Annual report of the Punjab Veterinary College and of the Civil Veterinary Department, Punjab - 1926-1932
Year: 1926
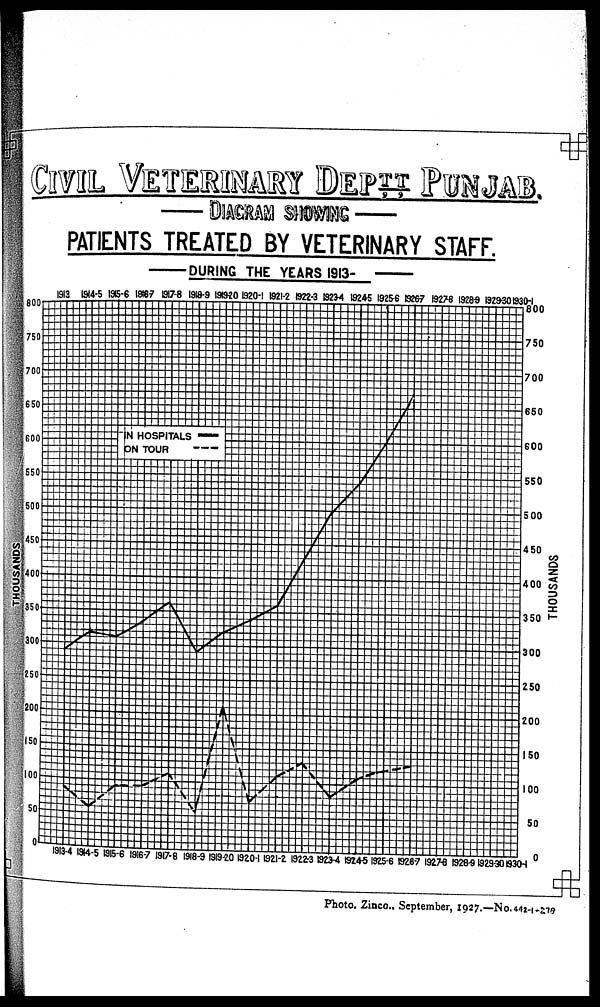
CIVIL VETERINARY DEPTT PUNJAB.
DIAGRAM SHOWING
PATIENTS TREATED BY VETERINARY STAFF.
DURING THE YEARS
1913.
Photo. Zinco.. September, 1927.—No.442-1-219